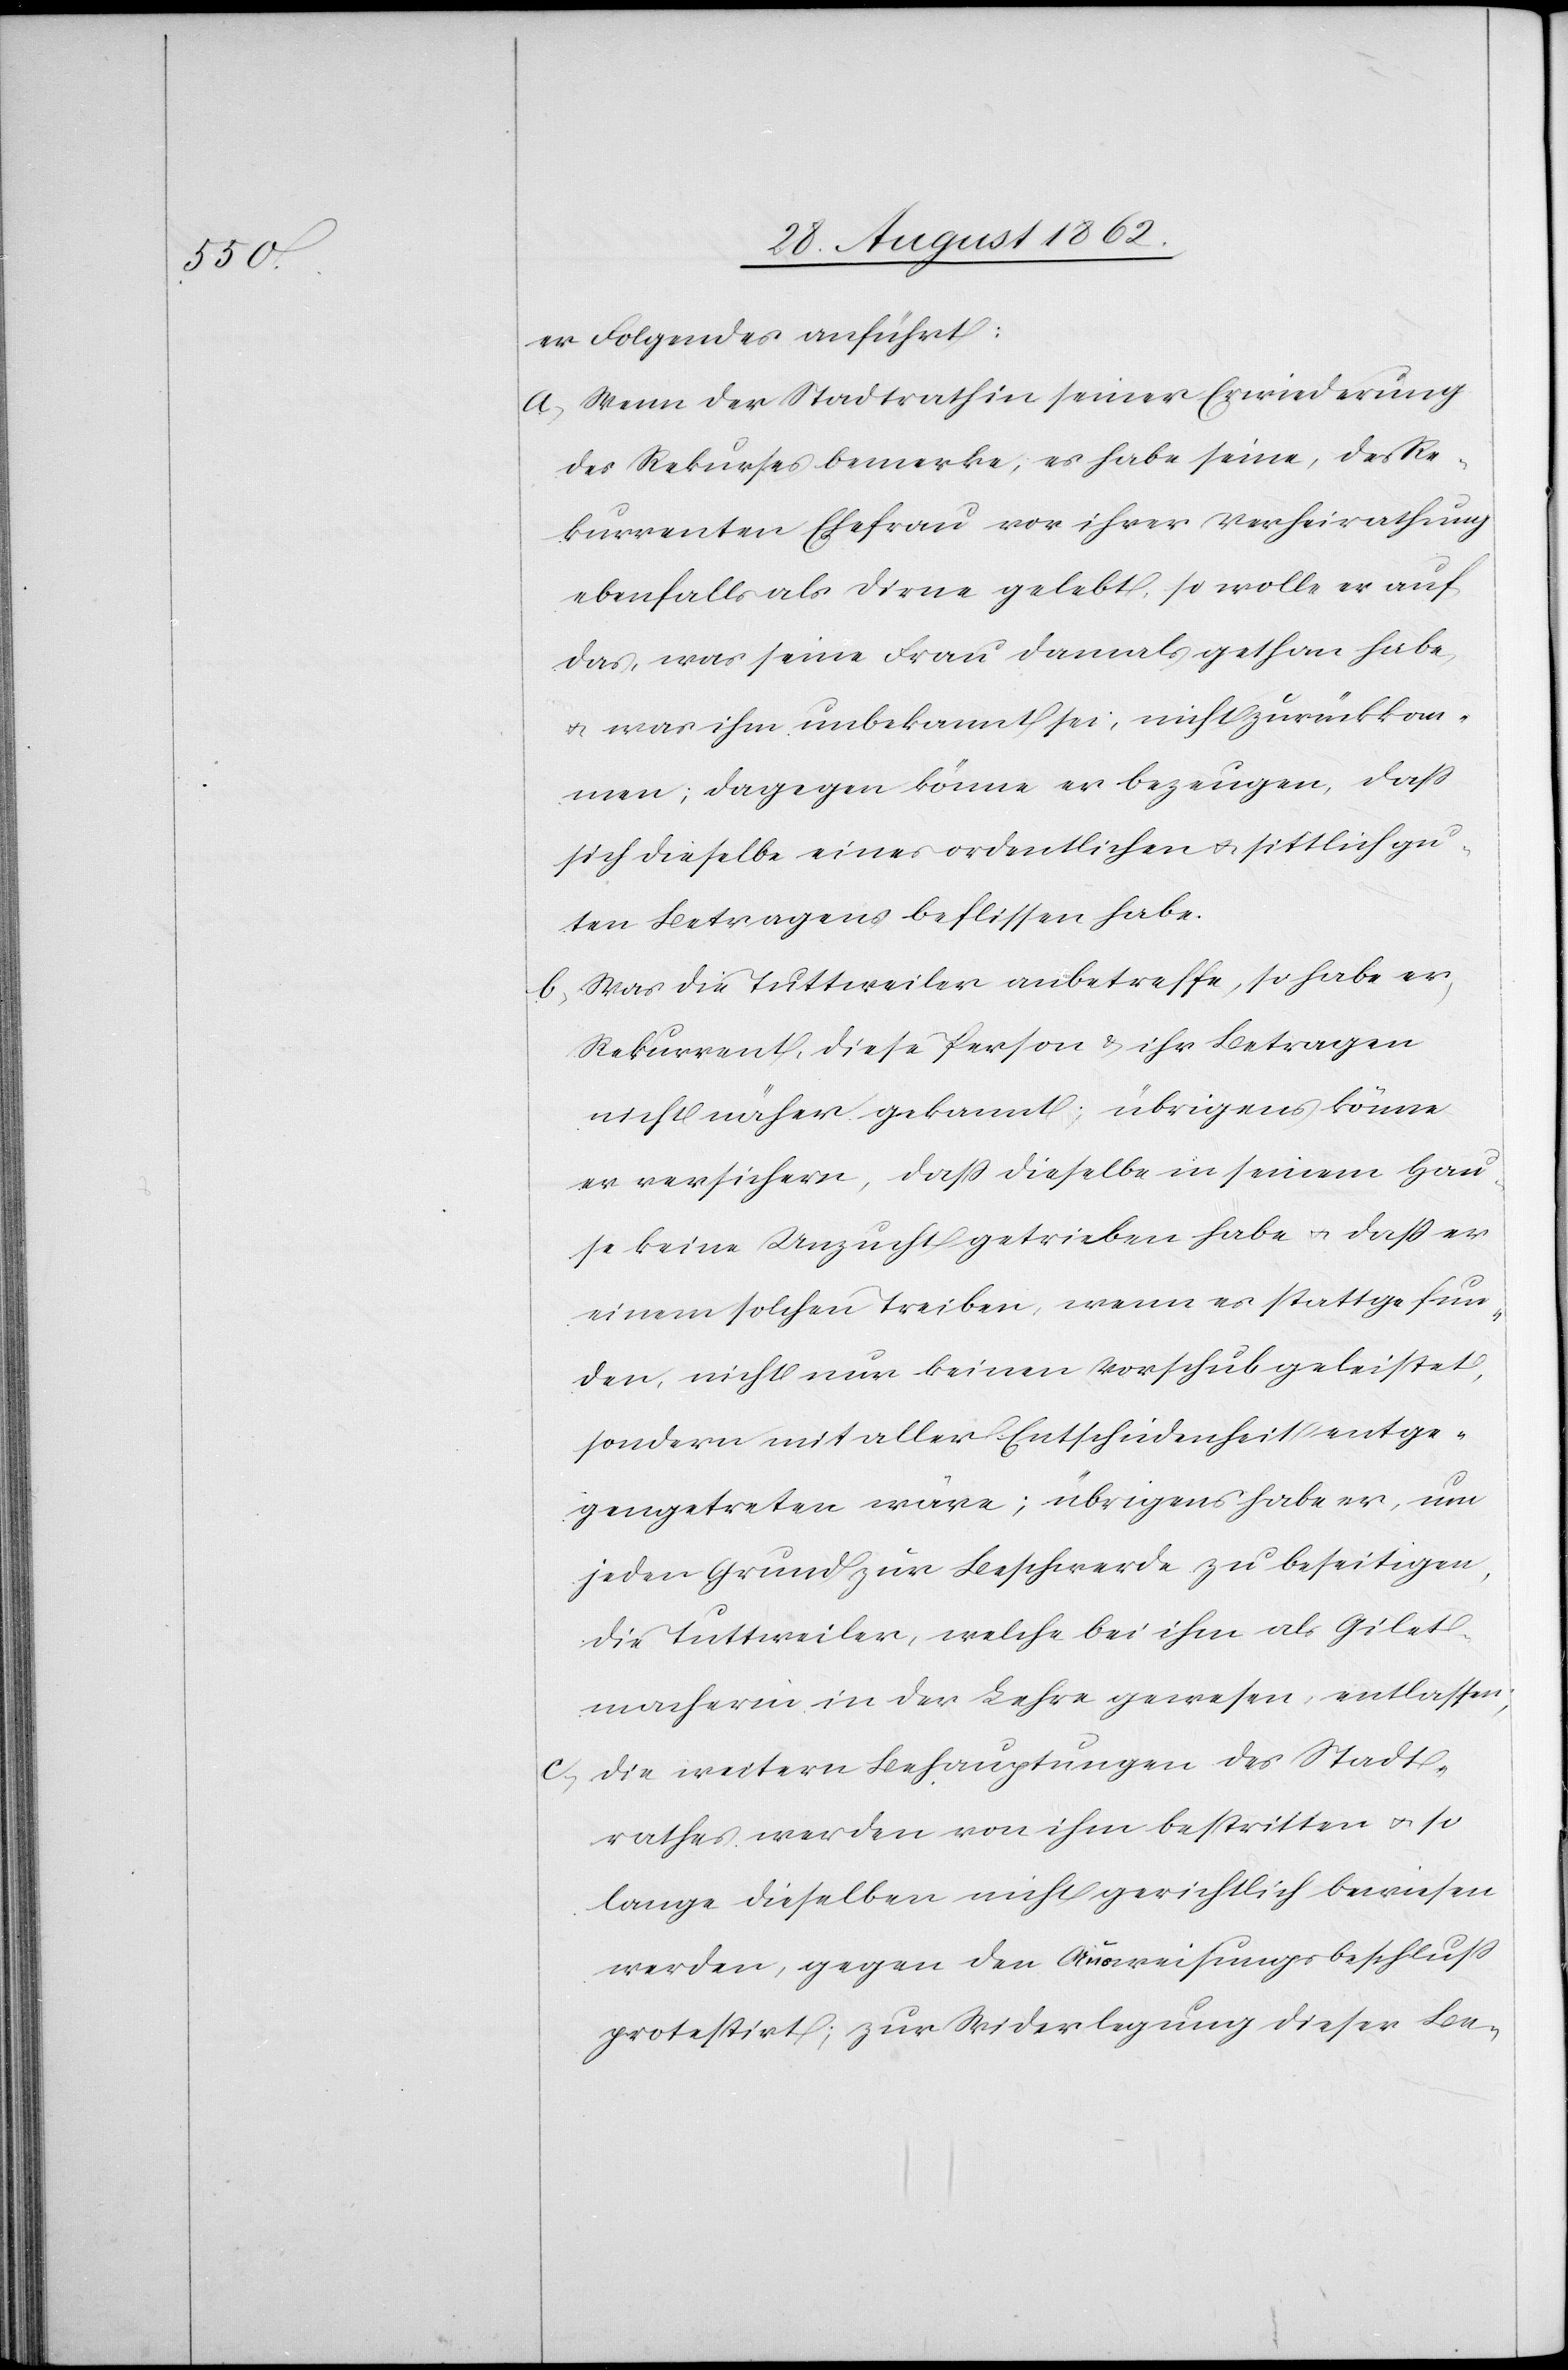
er Folgendes anführt:
a. Wenn der Stadtrath in seiner Erwiederung
des Rekurses bemerke, es habe seine, des Re¬
kurrenten Ehefrau vor ihrer Verheirathung
ebenfalls als Dirne gelebt, so wolle er auf
das, was seine Frau damals gethan habe,
u. was ihm unbekannt sei, nicht zurückkom¬
men; dagegen könne er bezeugen, daß
sich dieselbe eines ordentlichen u. sittlich gu¬
ten Betragens befliessen habe.
b. Was die Tuttweiler anbetreffe, so habe er,
Rekurrent, diese Person u. ihr Betragen
nicht näher gekannt; übrigens könne
er versichern, daß dieselbe in seinem Hau¬
se keine Unzucht getrieben habe u. daß er
einem solchen Treiben, wenn es stattgefun¬
den, nicht nur keinen Vorschub geleistet,
sondern mit aller Entschiedenheit entge¬
gengetreten wäre; übrigens habe er, um
jeden Grund zur Beschwerde zur beseitigen,
die Tuttweiler, welche bei ihm als Gilet¬
macherin in der Lehre gewesen, entlassen;
c. die weitere Behauptungen des Stadt¬
rathes werden von ihm bestritten u. so
lange dieselben nicht gerichtlich bewiesen
werden, gegen den Ausweisungsbeschluß
protestirt; zur Widerlegung dieser Be-